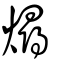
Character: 燖